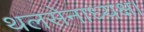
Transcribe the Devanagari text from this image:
थलसेनाध्यक्ष।